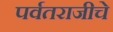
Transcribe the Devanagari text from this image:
पर्वतराजीचे